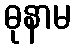
ဓုနာမ